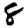
Digit: 8